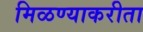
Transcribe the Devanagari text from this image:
मिळण्याकरीता